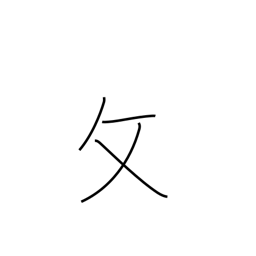
Meaning: folding chair radical variant (no. 66)